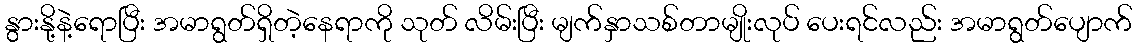
နွားနို့နဲ့ရောပြီး အမာရွတ်ရှိတဲ့နေရာကို သုတ် လိမ်းပြီး မျက်နှာသစ်တာမျိုးလုပ် ပေးရင်လည်း အမာရွတ်ပျောက်